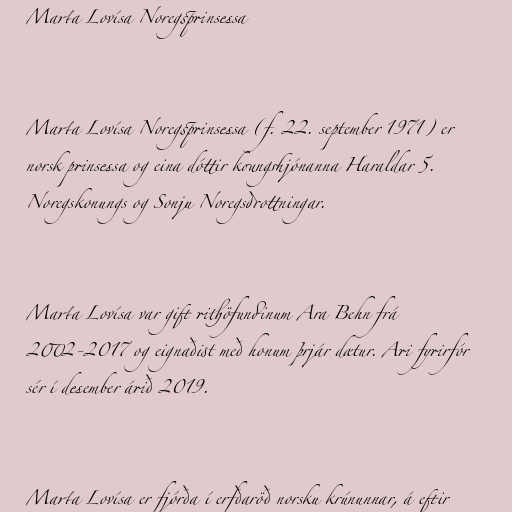
Marta Lovísa Noregsprinsessa

Marta Lovísa Noregsprinsessa (f. 22. september 1971) er
norsk prinsessa og eina dóttir koungshjónanna Haraldar 5.
Noregskonungs og Sonju Noregsdrottningar.

Marta Lovísa var gift rithöfundinum Ara Behn frá
2002-2017 og eignaðist með honum þrjár dætur. Ari fyrirfór
sér í desember árið 2019.

Marta Lovísa er fjórða í erfðaröð norsku krúnunnar, á eftir